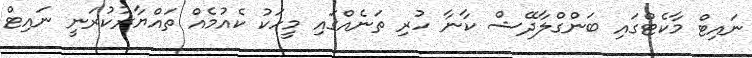
ނައިޓް މާކެޓްގައި ބަންގްލާދޭޝް ކާނާ ހުރި ތަނެއްގައި މީހަކު ކެއުމެއް ތައްޔާރުކުރަނީ ނައިޓް